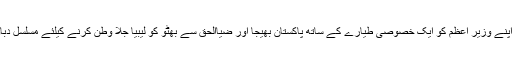
قذافی نے اپنے وزیر اعظم کو ایک خصوصی طیارے کے ساتھ پاکستان بھیجا اور ضیاالحق سے بھٹو کو لیبیا جلا وطن کرنے کیلئے مسلسل دباؤ ڈالتا رہا۔